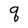
Character: q